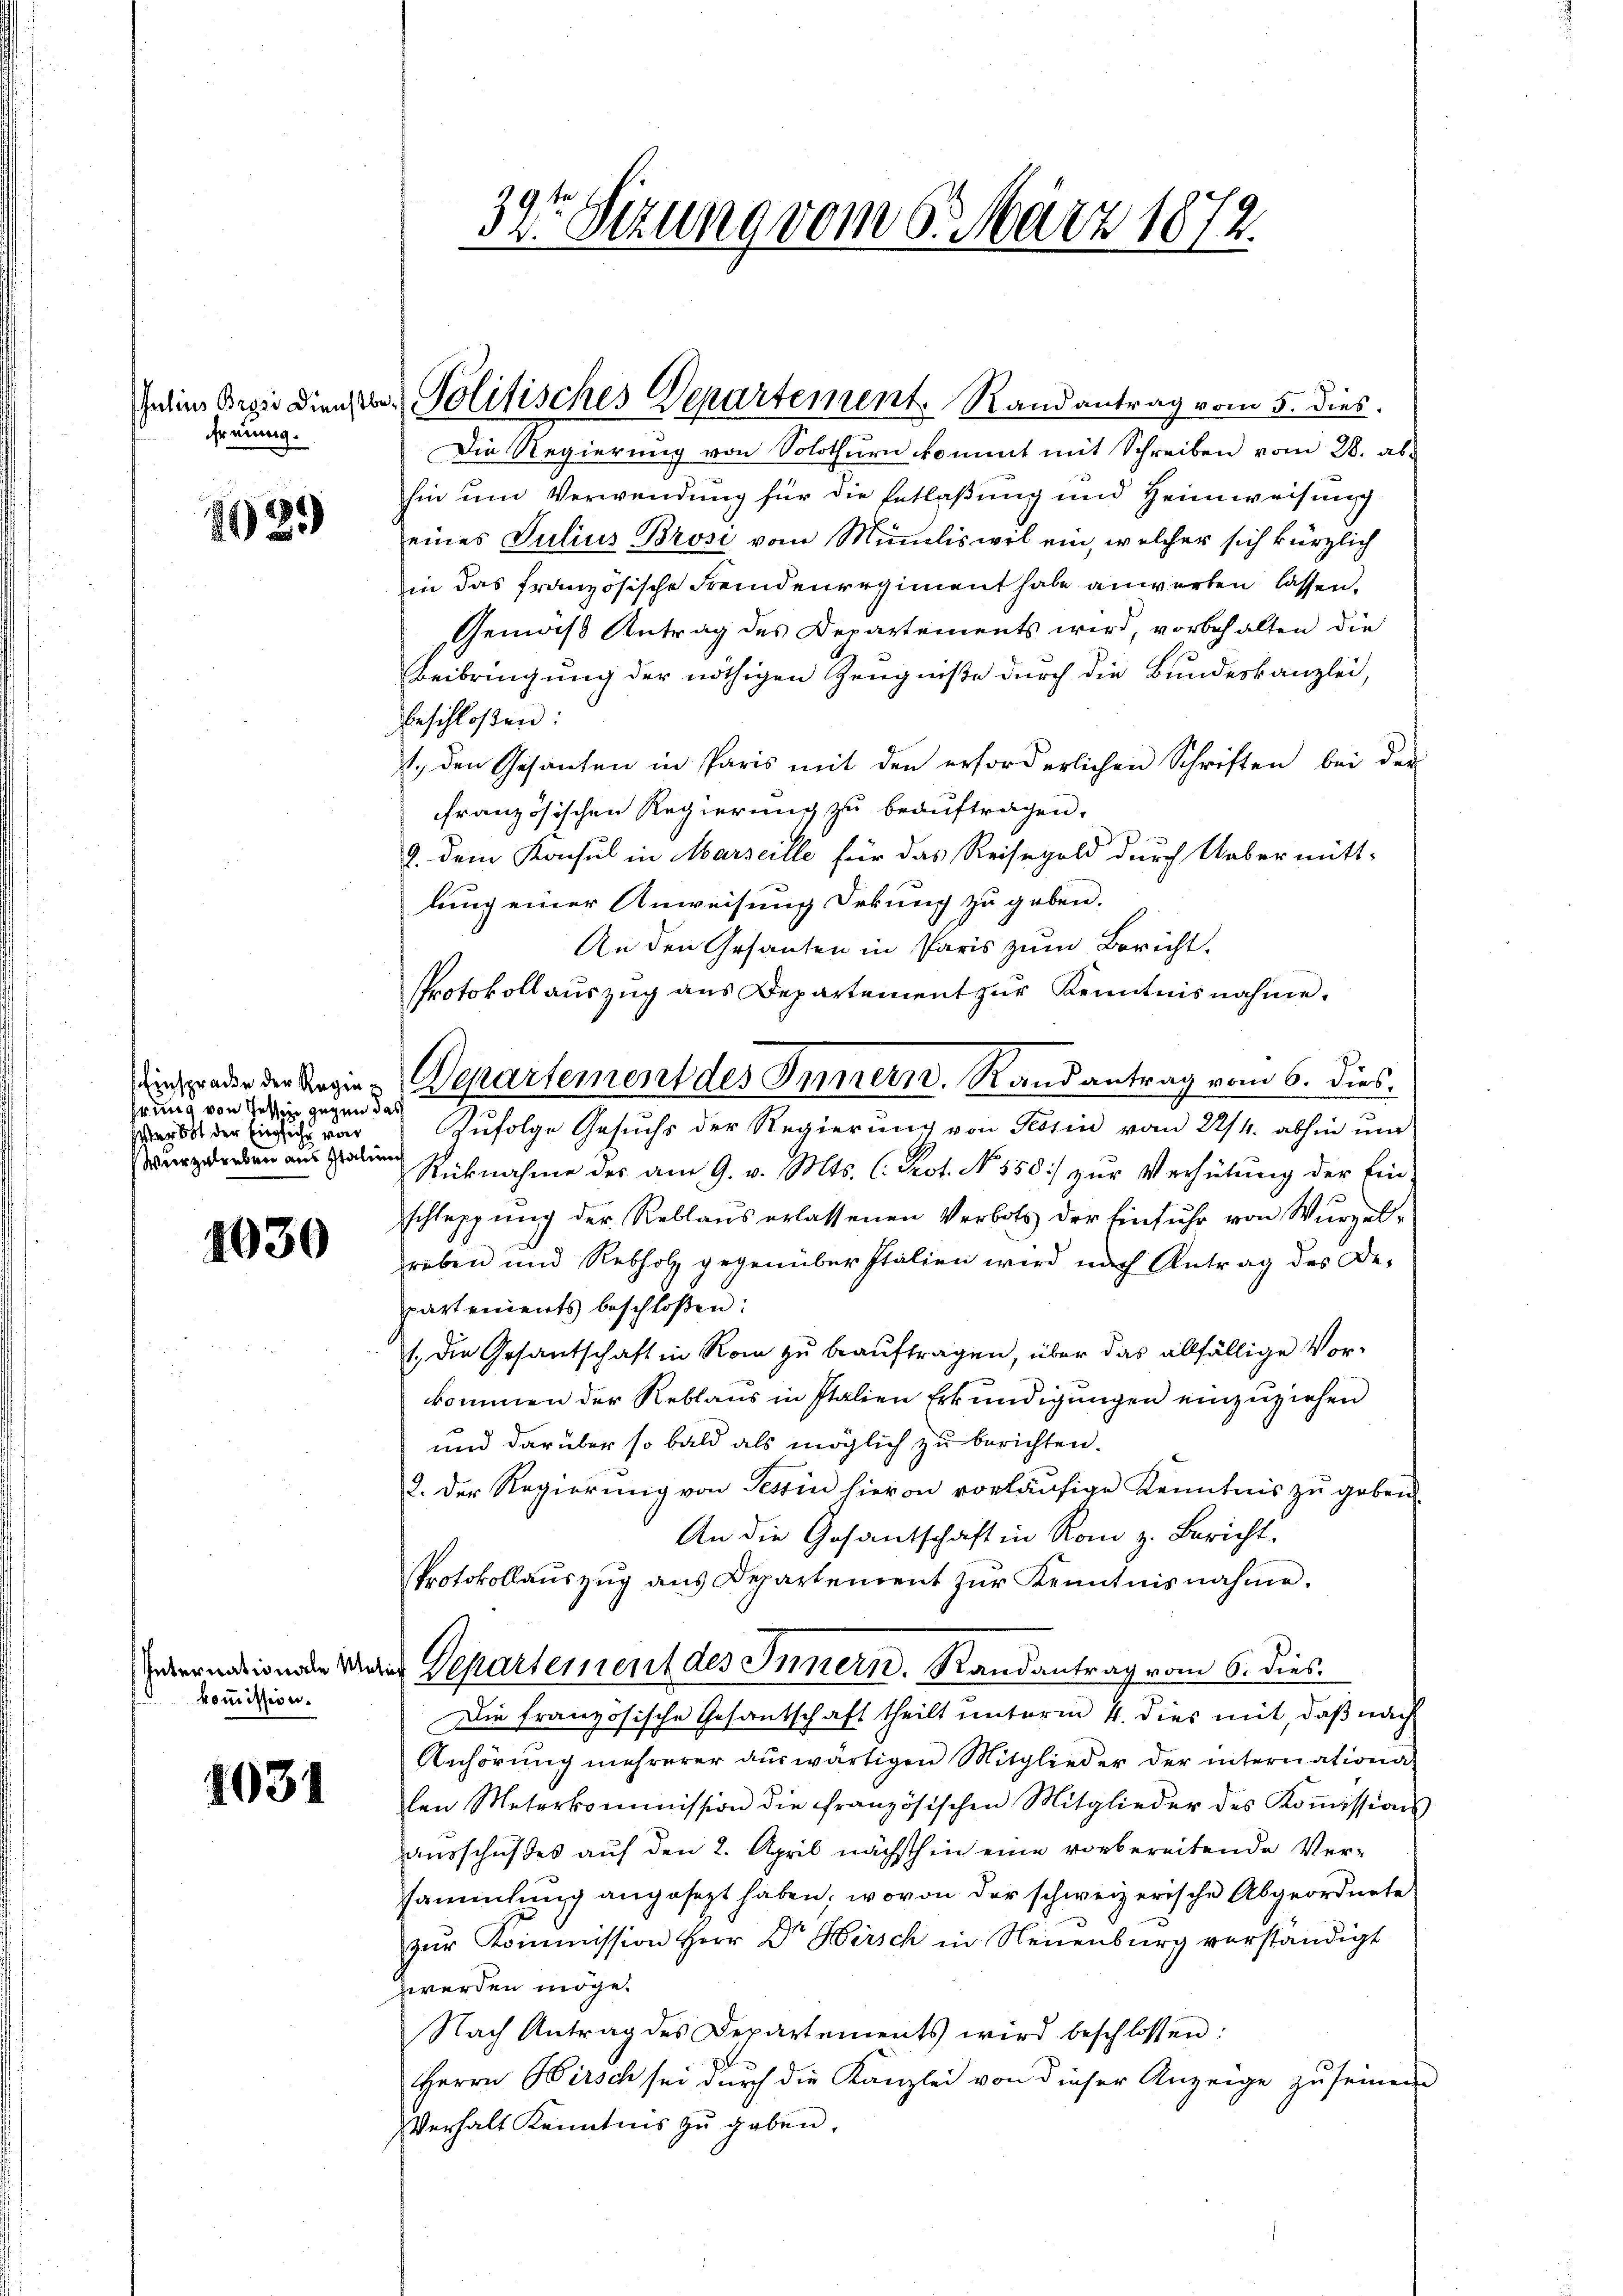
freunig.

1029

Einspracke der Regie
hrung von Tessin gegen dass
s bot der Einsicht eine
Wurzelreben aus Italine

1030

Internationale Mat
kommission.

1031

39t Setzung vom 6. März 1872.

Zelins Orgie dienste Politisches Departement. Randantrag vom 5. dies

Die Regierung von Solothurn kommt mit Schreiben vom 28. abhin um Verwendung für die Entlaßung und Heimweisung
eines Julius Brosi vom Miniliswil ein, welcher sich kürzlich
in das französische Fremdenregiment habe anwerten lassen.
Gemäß Antrag des Departements wird, vorbehalten die
Beibringung der nöthigen Zeugniße durch die Bundeskanzlei,
beschloßen:
1. den Gesanten in Paris mit den erforderlichen Schriften bei der
französischen Regierung zu beauftragen.
2. dem Konsul in Marseille für das Reisegeld durch Uebermitt-
lung einer Anweisung Orkung zu geben.
An den Gesanten in Paris zum Bericht.
Protokollauszug aus Departement zur Kenntnisnahme.
Zufolge Gesuchs der Regierung von Tessin vom 22/4. abhin um
Rücknahme des am 9. v. Mts. C. Prot. No 358) zur Verhütung der Ein-
schleppung der Reblaŭs erlassenen Verbots der Einfuhr von Wurzel-
reben und Rebholz gegenüber Italien wird nach Antrag des Departements beschloßen:
1., die Gesantschaft in Rom zu beauftragen, über das allfällige Vorkommen der Reblaus in Italien Erkundigungen einzuziehen
und darüber so bald als möglich zu berichten.
2. Der Regierung von Tessin hievon vorläufige Kenntnis zu geben.
An die Gesantschaft in Rom z. Bericht.
Protokollaŭszŭg ans Departement zŭr Kenntnisnahme.
der Departement des Innern. Randantrag vom 6. dies
Die französische Gesantschaft theilt unterm 4. dies mit, daß nach
Anhörung mehrerer aŭswärtigen Mitglieder der internationa
den Meterkommission die französischen Mitglieder des Koṁissions-
ausschußes auf den 2. April nächsthin eine vorbereitende Versammlung angesezt haben; wovon der schweizerische Abgeordnete
zŭr Kommission Herr Dr Hirsch in Neuenburg verständigt
werden möge.
Nach Antrag des Departements wird beschlossen:
Herrn Hirsch sei durch die Kanzlei von dieser Anzeige zu seinen
Verhalt Kenntnis zu geben.

Departement des Innern. Randantrag vom 6. dies¬